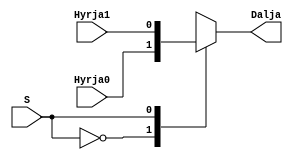
`timescale 1ns / 1ps
//////////////////////////////////////////////////////////////////////////////////
// Company: 
// Engineer: 
// 
// Design Name: 
// Module Name: mux2ne1
// Project Name: 
// Target Devices: 
// Tool Versions: 
// Description: 
// 
// Dependencies: 
// 
// Revision:
// Revision 0.01 - File Created
// Additional Comments:
// 
//////////////////////////////////////////////////////////////////////////////////


module mux2ne1(
    input Hyrja0,
    input Hyrja1,
    input S,
    output reg Dalja
    );
    
//assign Dalja = S ? Hyrja1 : Hyrja0;
    
    always @* begin
        case (S)
            1'b0:  Dalja = Hyrja0;
            1'b1:  Dalja = Hyrja1;
        endcase
    end
endmodule